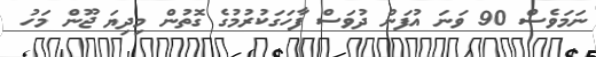
ނަމަވެސް 90 ވަނަ އުފަން ދުވަސް ފާހަގަކުރުމުގެ ގޮތުން މިދިޔަ ޖޫން މަހު